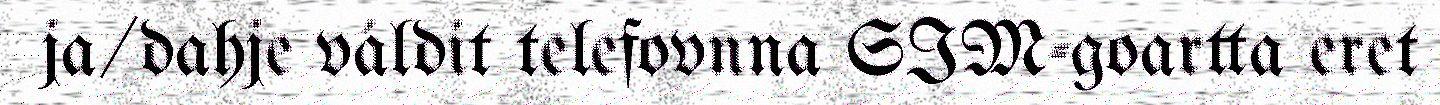
ja/dahje váldit telefovnna SIM-goartta eret